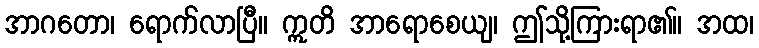
အာဂတော၊ ရောက်လာပြီ။ ဣတိ အာရောစေယျ၊ ဤသို့ကြားရာ၏။ အထ၊